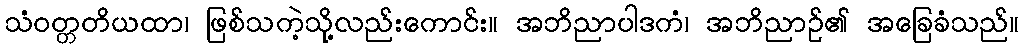
သံဝတ္တတိယထာ၊ ဖြစ်သကဲ့သို့လည်းကောင်း။ အဘိညာပါဒကံ၊ အဘိညာဉ်၏ အခြေခံသည်။